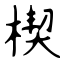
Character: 楔